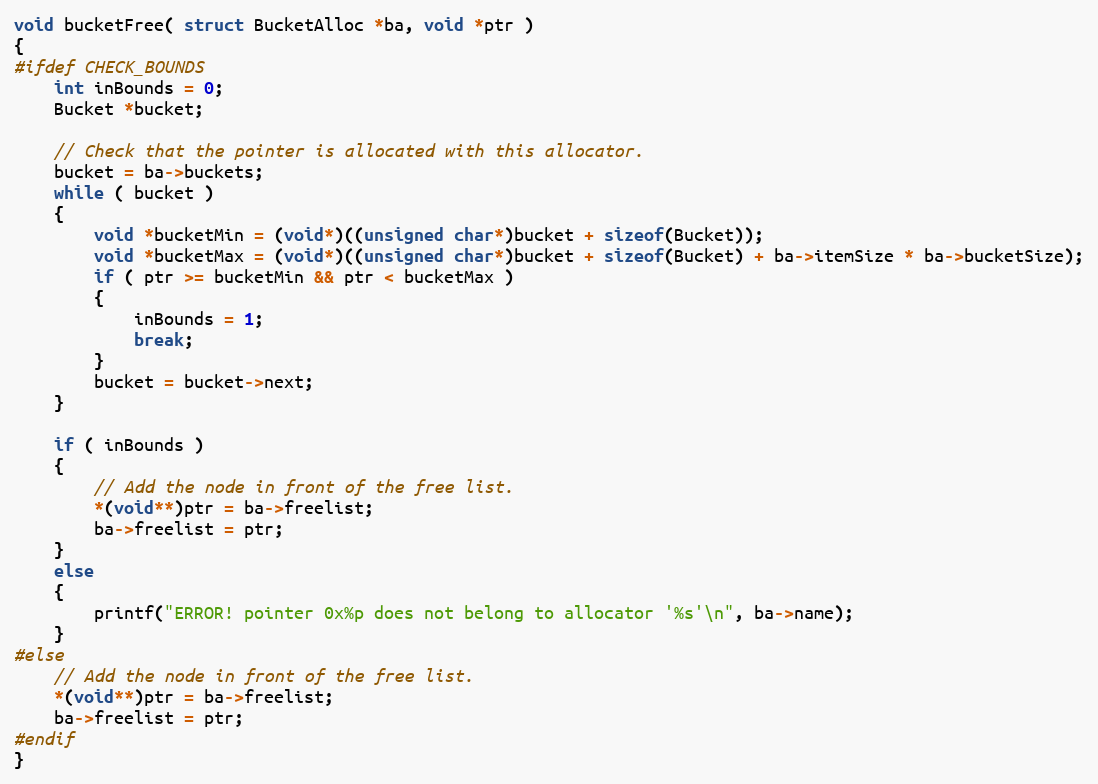
Language: C
void bucketFree( struct BucketAlloc *ba, void *ptr )
{
#ifdef CHECK_BOUNDS
	int inBounds = 0;
	Bucket *bucket;

	// Check that the pointer is allocated with this allocator.
	bucket = ba->buckets;
	while ( bucket )
	{
		void *bucketMin = (void*)((unsigned char*)bucket + sizeof(Bucket));
		void *bucketMax = (void*)((unsigned char*)bucket + sizeof(Bucket) + ba->itemSize * ba->bucketSize);
		if ( ptr >= bucketMin && ptr < bucketMax )
		{
			inBounds = 1;
			break;
		}
		bucket = bucket->next;
	}

	if ( inBounds )
	{
		// Add the node in front of the free list.
		*(void**)ptr = ba->freelist;
		ba->freelist = ptr;
	}
	else
	{
		printf("ERROR! pointer 0x%p does not belong to allocator '%s'\n", ba->name);
	}
#else
	// Add the node in front of the free list.
	*(void**)ptr = ba->freelist;
	ba->freelist = ptr;
#endif
}